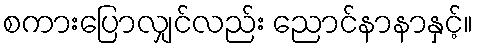
စကားပြောလျှင်လည်း ညောင်နာနာနှင့်။